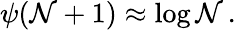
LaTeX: \psi(\mathcal{N}+1)\approx\log\mathcal{N}\, .